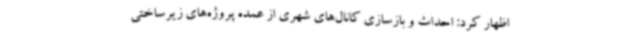
اظهار کرد: احداث و بازسازی کانال‌های شهری از عمده پروژه‌های زیرساختی